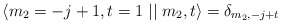
\begin{align*}\langle m_2=-j+1,t=1\mid \mid m_2,t\rangle =\delta _{m_2,-j+t}\end{align*}